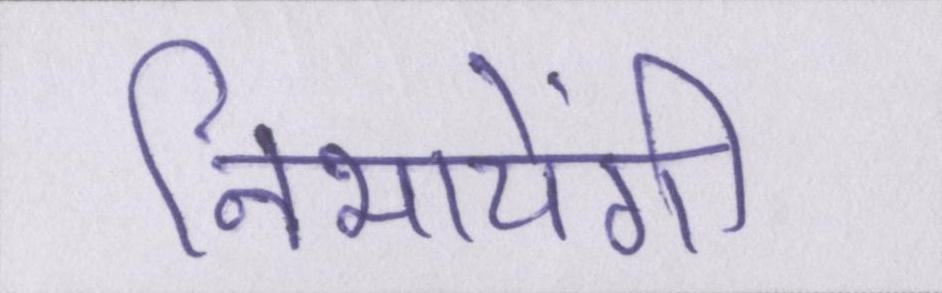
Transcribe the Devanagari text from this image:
निभायेंगी